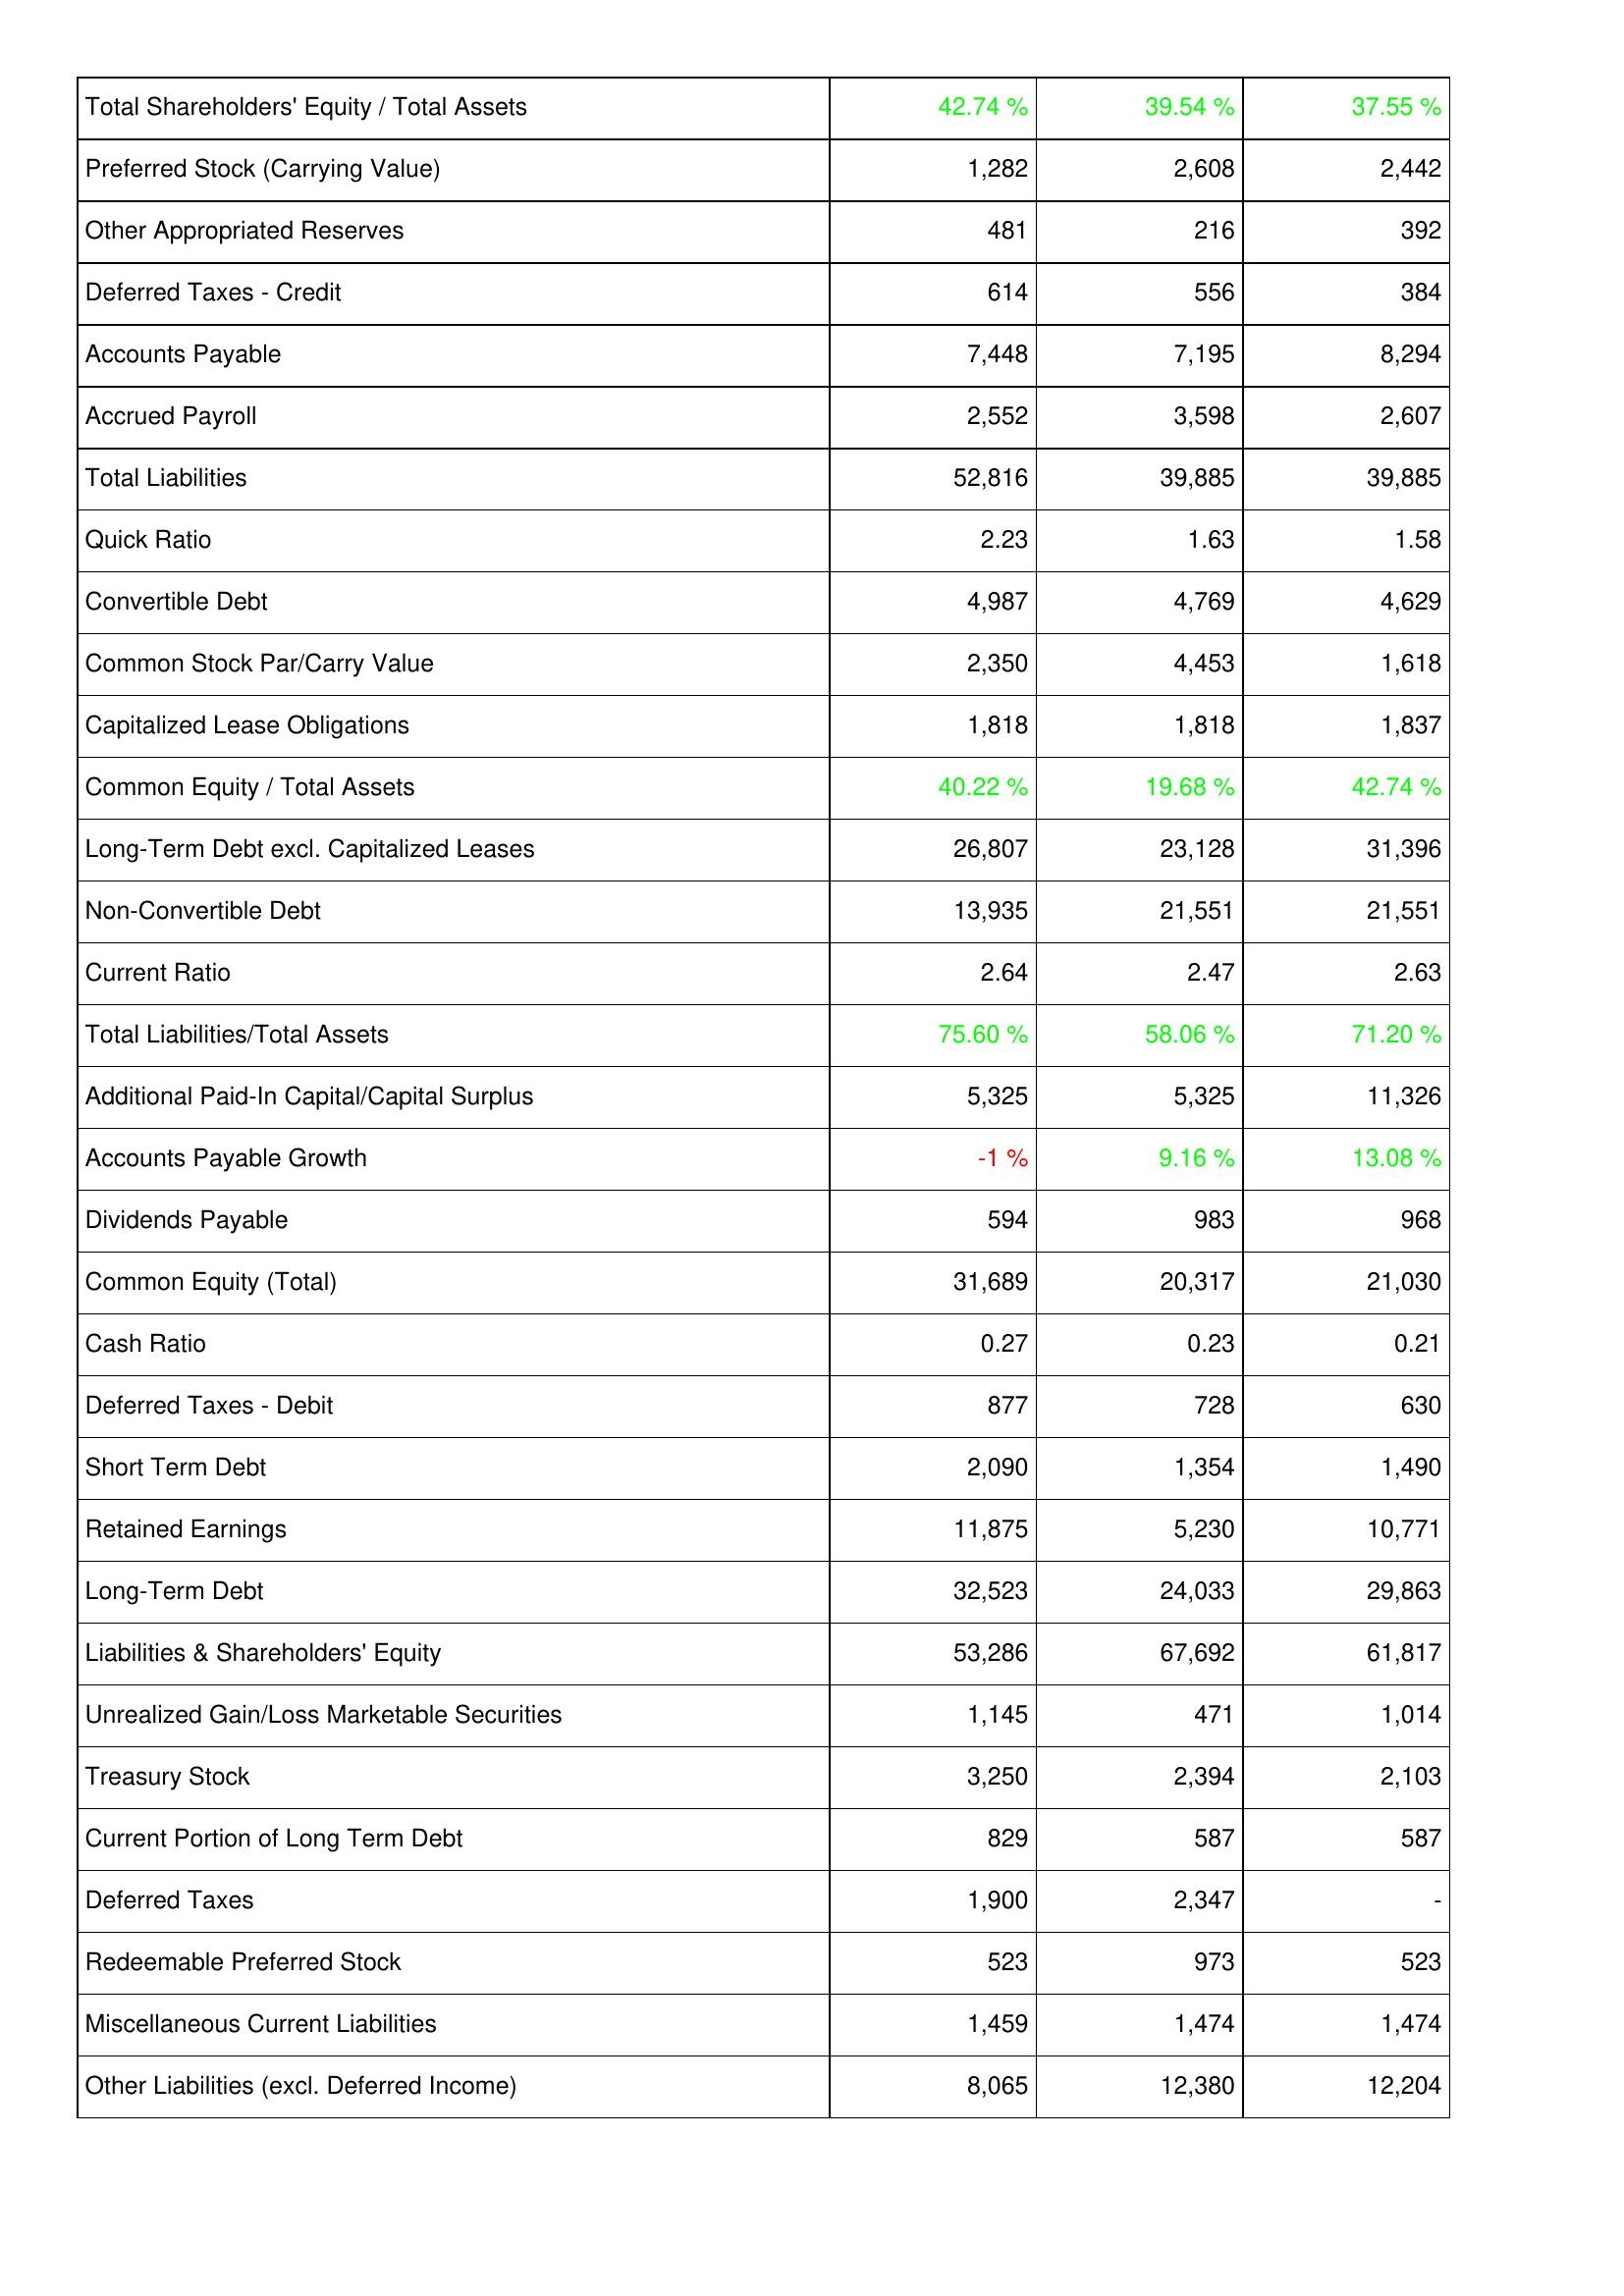
2008: Liabilities & Shareholders' Equity: Total Shareholders' Equity / Total Assets: 42.74 %
Preferred Stock (Carrying Value): 1,282
Other Appropriated Reserves: 481
Deferred Taxes - Credit: 614
Accounts Payable: 7,448
Accrued Payroll: 2,552
Total Liabilities: 52,816
Quick Ratio: 2.23
Convertible Debt: 4,987
Common Stock Par/Carry Value: 2,350
Capitalized Lease Obligations: 1,818
Common Equity / Total Assets: 40.22 %
Long-Term Debt excl. Capitalized Leases: 26,807
Non-Convertible Debt: 13,935
Current Ratio: 2.64
Total Liabilities/Total Assets: 75.60 %
Additional Paid-In Capital/Capital Surplus: 5,325
Accounts Payable Growth: -1 %
Dividends Payable: 594
Common Equity (Total): 31,689
Cash Ratio: 0.27
Deferred Taxes - Debit: 877
Short Term Debt: 2,090
Retained Earnings: 11,875
Long-Term Debt: 32,523
Liabilities & Shareholders' Equity: 53,286
Unrealized Gain/Loss Marketable Securities: 1,145
Treasury Stock: 3,250
Current Portion of Long Term Debt: 829
Deferred Taxes: 1,900
Redeemable Preferred Stock: 523
Miscellaneous Current Liabilities: 1,459
Other Liabilities (excl. Deferred Income): 8,065
2009: Liabilities & Shareholders' Equity: Total Shareholders' Equity / Total Assets: 39.54 %
Preferred Stock (Carrying Value): 2,608
Other Appropriated Reserves: 216
Deferred Taxes - Credit: 556
Accounts Payable: 7,195
Accrued Payroll: 3,598
Total Liabilities: 39,885
Quick Ratio: 1.63
Convertible Debt: 4,769
Common Stock Par/Carry Value: 4,453
Capitalized Lease Obligations: 1,818
Common Equity / Total Assets: 19.68 %
Long-Term Debt excl. Capitalized Leases: 23,128
Non-Convertible Debt: 21,551
Current Ratio: 2.47
Total Liabilities/Total Assets: 58.06 %
Additional Paid-In Capital/Capital Surplus: 5,325
Accounts Payable Growth: 9.16 %
Dividends Payable: 983
Common Equity (Total): 20,317
Cash Ratio: 0.23
Deferred Taxes - Debit: 728
Short Term Debt: 1,354
Retained Earnings: 5,230
Long-Term Debt: 24,033
Liabilities & Shareholders' Equity: 67,692
Unrealized Gain/Loss Marketable Securities: 471
Treasury Stock: 2,394
Current Portion of Long Term Debt: 587
Deferred Taxes: 2,347
Redeemable Preferred Stock: 973
Miscellaneous Current Liabilities: 1,474
Other Liabilities (excl. Deferred Income): 12,380
2010: Liabilities & Shareholders' Equity: Total Shareholders' Equity / Total Assets: 37.55 %
Preferred Stock (Carrying Value): 2,442
Other Appropriated Reserves: 392
Deferred Taxes - Credit: 384
Accounts Payable: 8,294
Accrued Payroll: 2,607
Total Liabilities: 39,885
Quick Ratio: 1.58
Convertible Debt: 4,629
Common Stock Par/Carry Value: 1,618
Capitalized Lease Obligations: 1,837
Common Equity / Total Assets: 42.74 %
Long-Term Debt excl. Capitalized Leases: 31,396
Non-Convertible Debt: 21,551
Current Ratio: 2.63
Total Liabilities/Total Assets: 71.20 %
Additional Paid-In Capital/Capital Surplus: 11,326
Accounts Payable Growth: 13.08 %
Dividends Payable: 968
Common Equity (Total): 21,030
Cash Ratio: 0.21
Deferred Taxes - Debit: 630
Short Term Debt: 1,490
Retained Earnings: 10,771
Long-Term Debt: 29,863
Liabilities & Shareholders' Equity: 61,817
Unrealized Gain/Loss Marketable Securities: 1,014
Treasury Stock: 2,103
Current Portion of Long Term Debt: 587
Deferred Taxes: -
Redeemable Preferred Stock: 523
Miscellaneous Current Liabilities: 1,474
Other Liabilities (excl. Deferred Income): 12,204